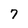
Character: 7